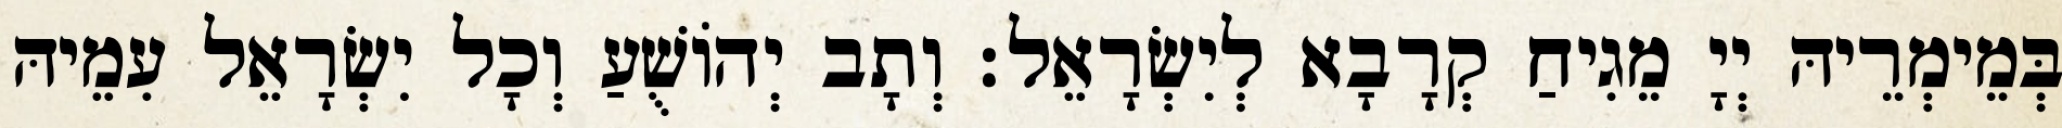
בְּמֵימְרֵיהּ יְיָ מֵגִיחַ קְרָבָא לְיִשְׂרָאֵל׃ וְתָב יְהוֹשֻׁעַ וְכָל יִשְׂרָאֵל עִמֵיהּ